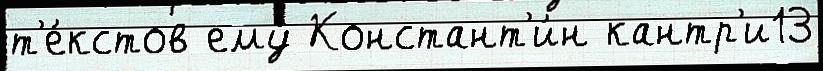
т'е́кстов ему́ Констант'и́н кантр'и13